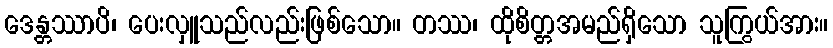
ဒေန္တဿာပိ၊ ပေးလှူသည်လည်းဖြစ်သော။ တဿ၊ ထိုစိတ္တအမည်ရှိသော သူကြွယ်အား။